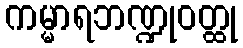
ကမ္မာရဘဏ္ဍုဝတ္ထု